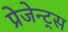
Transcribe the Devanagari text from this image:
प्रेजेन्ट्स